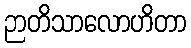
ဉာတိသာလောဟိတာ